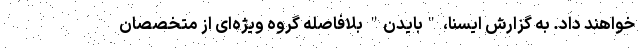
خواهند داد. به گزارش ایسنا، "بایدن" بلافاصله گروه ویژه‌ای از متخصصان